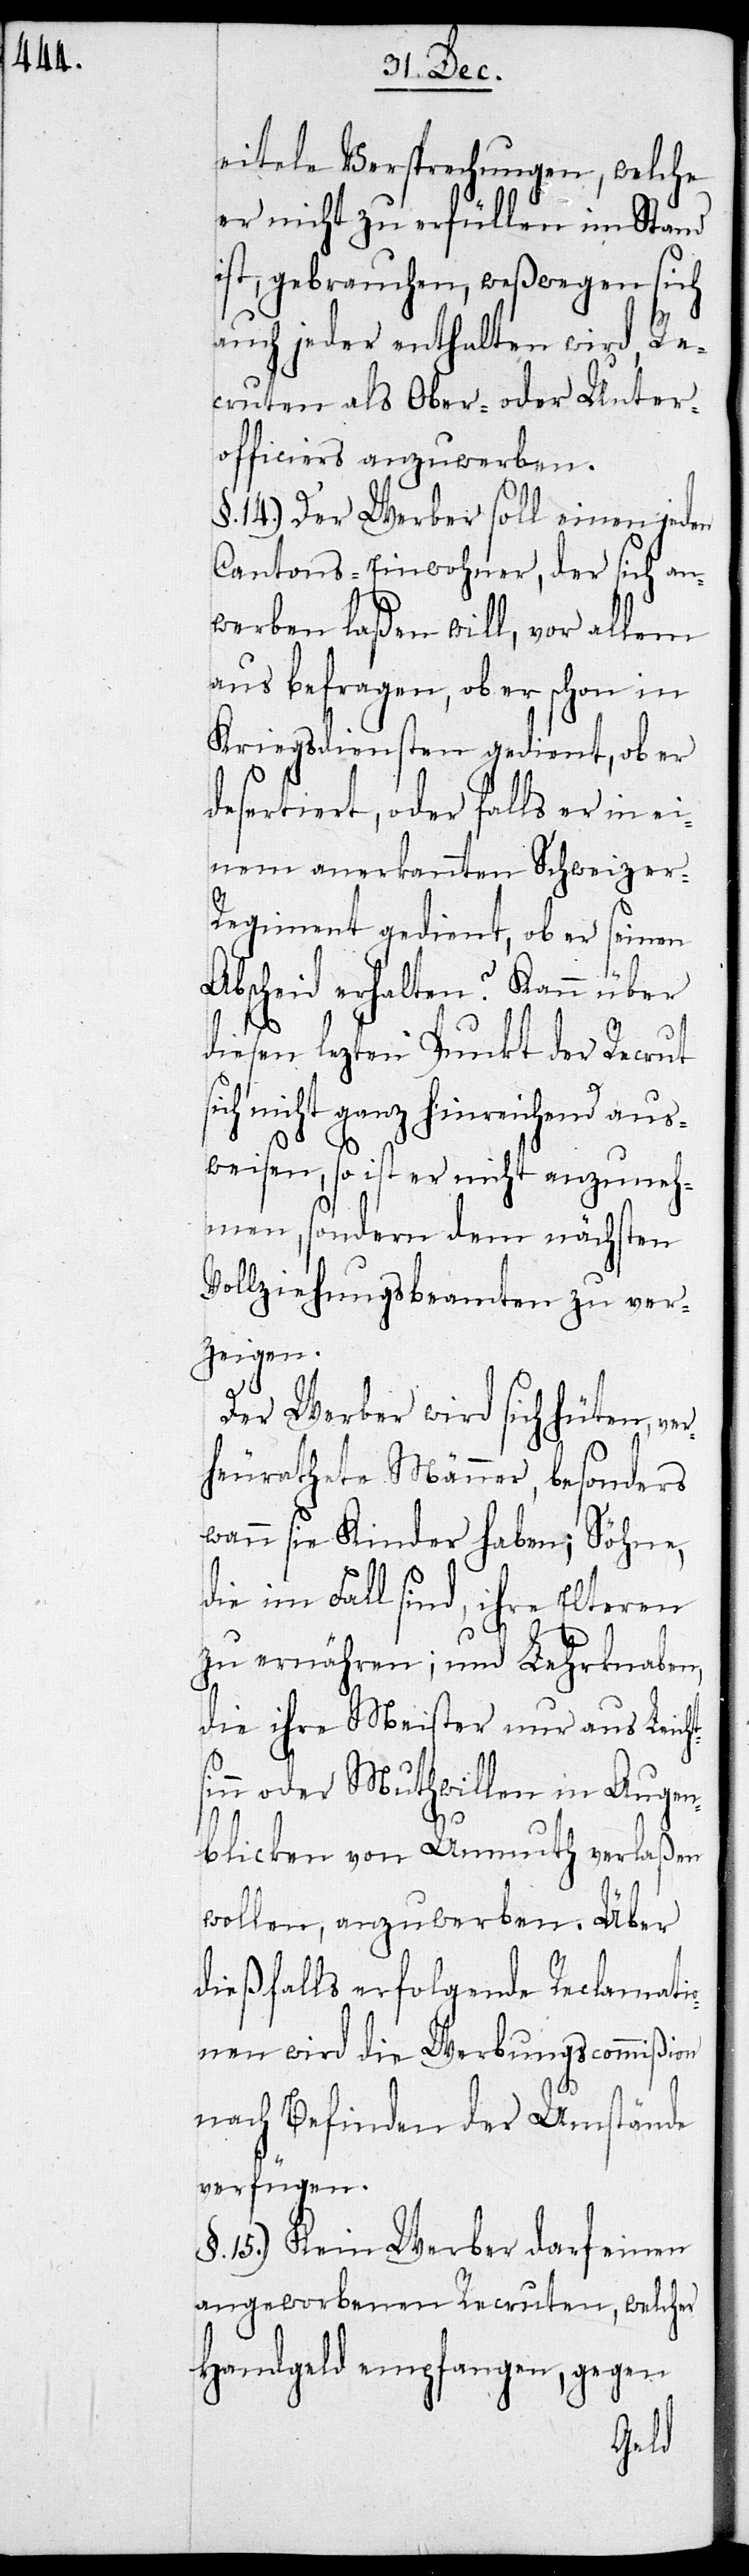
eitele Versprechungen, welche
er nicht zu erfüllen im Stand
ist, gebrauchen, weswegen sich
auch jeder enthalten wird, Re¬
cruten als Ober- oder Unter¬
officiers anzuwerben.
§. 14.) Der Werber soll einen jeden
Cantons-Einwohner, der sich an¬
werben laßen will, vor allem
aus befragen, ob er schon in
Kriegsdiensten gedient, ob er
desertiert, oder falls er in ei¬
nem anerkannten Schweizer-R¬
egiment gedient, ob er seinen
Abscheid erhalten? Kann über
diesen lezten Punkt der Recrut
ich nicht ganz hinreichend aus¬
weisen, so ist er nicht anzuneh¬
men, sondern dem nächsten
Vollziehungsbeamten zu ver¬
zeigen.
Der Werber wird sich hüten, ve¬
rheurathete Männer, besonders
wann sie Kinder haben; Söhne,
die im Fall sind, ihre Elteren
zu ernähren; und Lehrknaben,
die ihre Meister nur aus Leicht¬
n oder Muthwillen in Augen¬
blicken von Unmuth verlaßen
wollen, anzuwerben. Über
dießfalls erfolgende Reclamati¬
onen wird die Werbungscommißion
nach Befinden der Umstände
verfügen.
§. 15.) Kein Werber darf einen
angeworbenen Recruten, welcher
Handgeld empfangen, gegen
sin¬